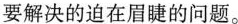
要解决的迫在眉睫的问题。